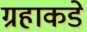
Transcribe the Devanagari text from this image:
ग्रहाकडे